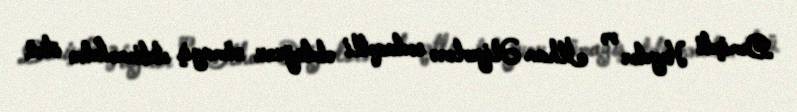
Demişdi Heydər və İlham Əliyevlərə sədaqətli olduğunu nümayiş etdirməkdən ötrü